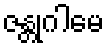
ဇန္တုဂါမေ